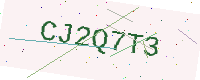
Text: CJ2Q7T3